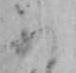
ふ